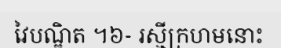
វៃបណ្ឌិត ។៦- រស្មីក្រហមនោះ